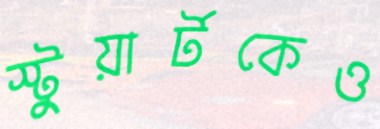
স্টুয়ার্টকেও